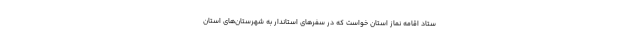
ستاد اقامه نماز استان خواست که در سفرهای استاندار به شهرستان‌های استان